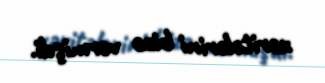
xəritələrini bizə vermişdi.